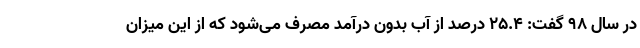
در سال ۹۸ گفت: ۲۵.۴ درصد از آب بدون درآمد مصرف می‌شود که از این میزان